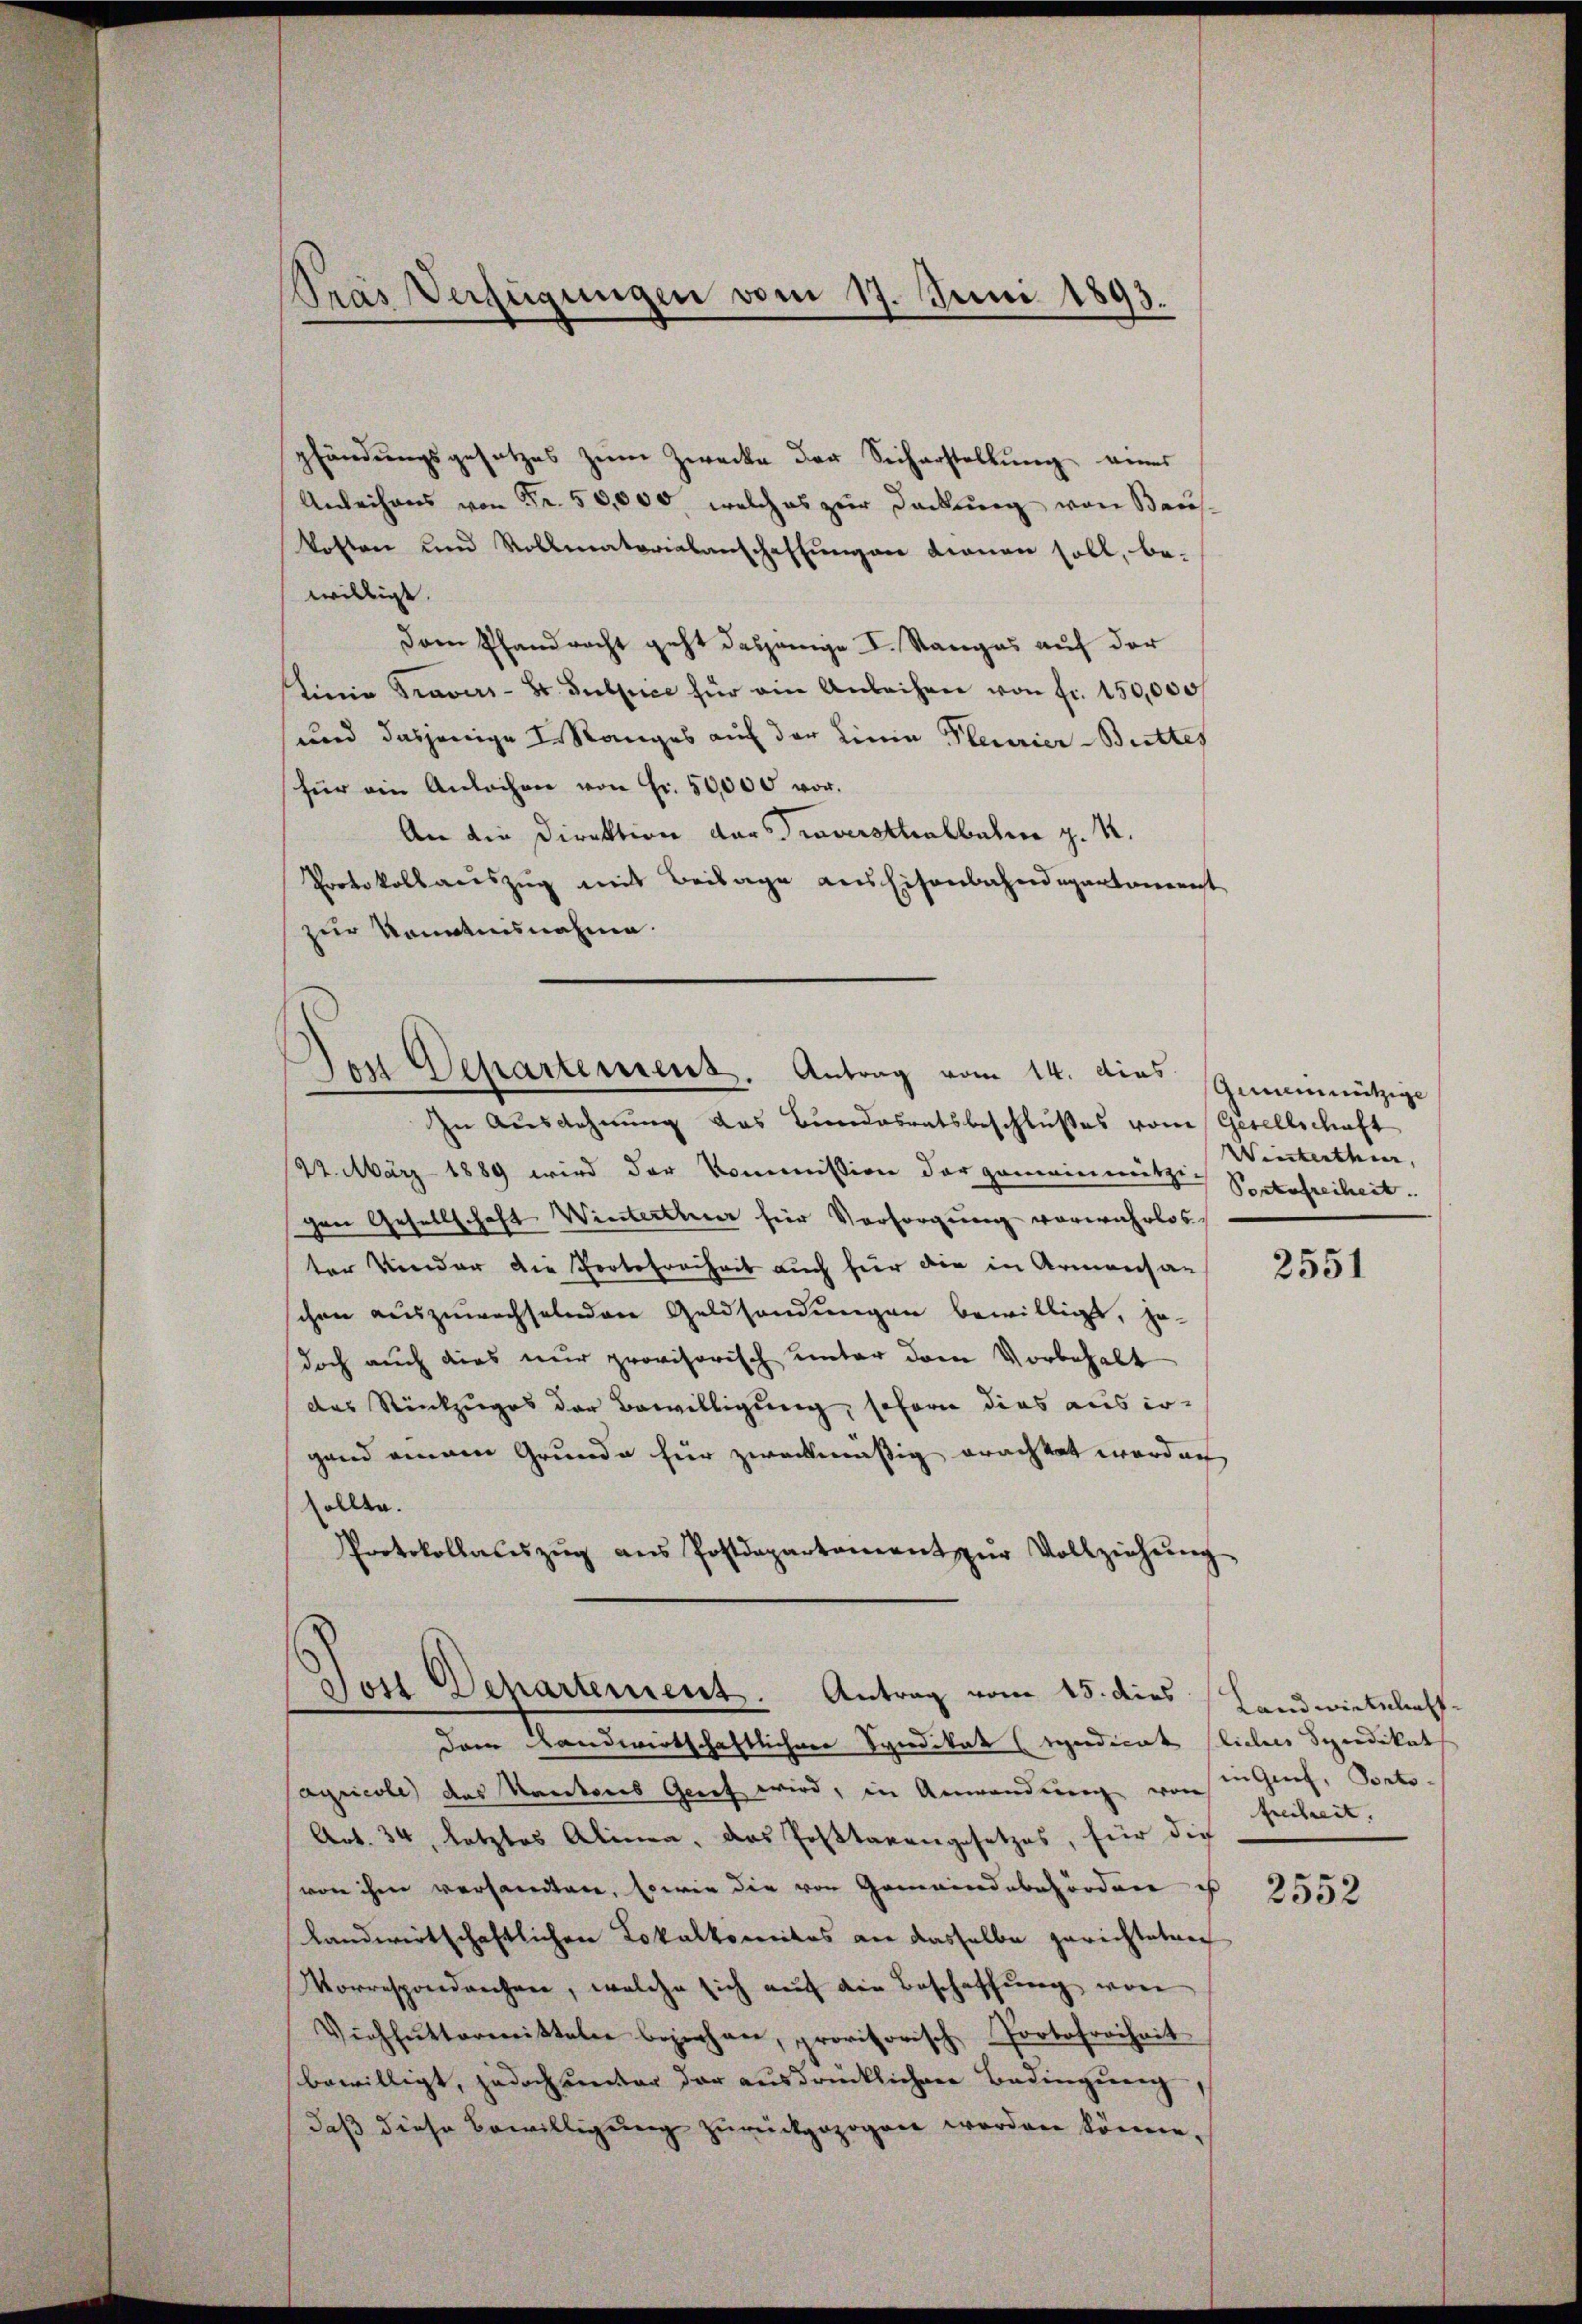
Pras Verfügungen vom 17. Juni 1893.

pfändungsgesetzes zum Zwecke der Sicherstellung eines
Anleihens von Fr. 50,000 welches zur Deckŭng von Baŭs-
kosten und Rollmatorialanschaffungen dienen soll, be-
willigt.
Dem Pfandrecht geht dasjenige I. Stanges auf der
tinie Travers-St. Gubpice für ein Anleihen von fr. 150,000
und dasjenige I. Ranges auf der Linie Plenrier-Brettes
für ein Anleihen von Fr. 50,000 vor.
An die Direktion der Traversthalbahne z. K.
Protokollauszug mit Beilage aus Eisenbahndepartamenst
zur Kenntnisnahme.

Den Departement. Antrag vom 14. dies

In Ausdehnung das Bundesratsbeschlußes vom Gesellschaft
22. März 1889 wird der Kommission der gemeinnützig Profreiheit.
ven Gesellschaft Winterthur für Vorsorgung vorwahrlos
ter Verdar die Portofreiheit auch für die in Armensachen auszuwechselnden Geldsendungen bewilligt, ha-
doch auch dies nur provisorisch unter dem Vorbehalt
des Rückzuges der Bewilligung, soforn dies aus ergand einem Grunde für zweckmäßig erachtet worden
sollte.
Protokollaŭszŭg ans Postdepartement zŭr Vollziehŭng

Den Departement. Antrag vom 15. dies

Gemeinnützige
Winterthur, |

dem Randwirtschaftlichere Syndikat (suedicat liebes Syndikat
agricole das Kantons Geret wird, in Anwendung von in Genf, Porto-
Art. 34, letztes Alinen, das Postanengesetzes, für die
von ihm versandtare, sowie die von Gemeindebehörden is
landwirtschaftlichen Lokalkomites an dasselbe gerichteten
Morrespondrechen, welche sich auf die Beschaffŭng von
Viehfuttermitteln beziehen, provisorisch Portofreiheit
bewilligt, jedoch unter der ausdrücklichen Bedingung
daß diese Bewilligung zurückgezogen worden könne,

2551

Land wiederlicht
freiheit.

2552